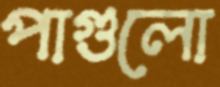
পাগুলো